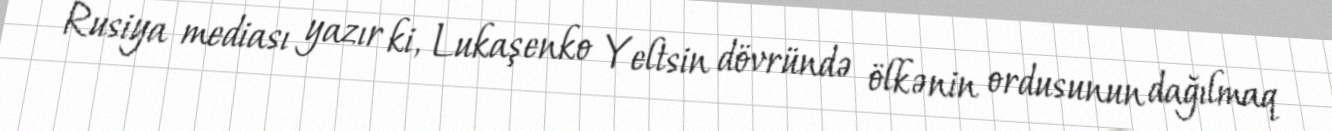
Rusiya mediası yazır ki, Lukaşenko Yeltsin dövründə ölkənin ordusunun dağılmaq